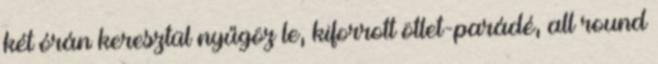
két órán keresztül nyűgöz le, kiforrott ötlet-parádé, all round